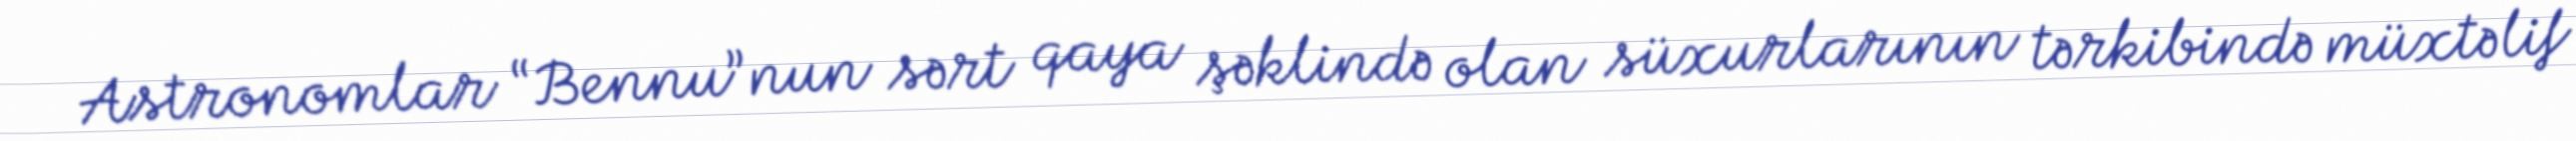
Astronomlar “Bennu”nun sərt qaya şəklində olan süxurlarının tərkibində müxtəlif